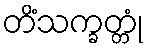
တိံသက္ခတ္တုံ